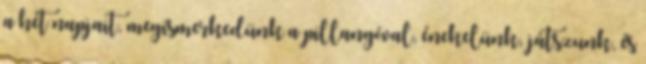
a hét napjait, megismerkedünk a pillangóval, énekelünk, játszunk, és